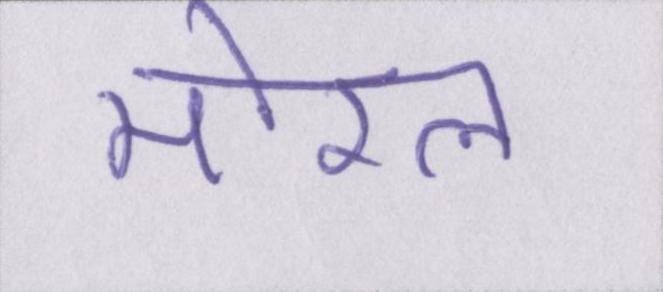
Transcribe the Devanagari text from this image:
मोरल